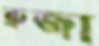
ব্রুজা